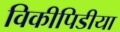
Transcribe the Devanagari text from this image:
विकीपिडीया